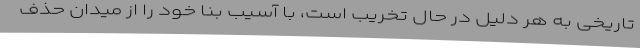
تاریخی به هر دلیل در حال تخریب است، با آسیب بنا خود را از میدان حذف